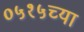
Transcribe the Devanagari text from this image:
०५१५च्या